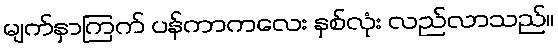
မျက်နှာကြက် ပန်ကာကလေး နှစ်လုံး လည်လာသည်။